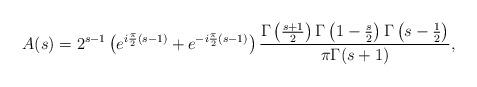
LaTeX: \begin{align*} A(s) = 2^{s-1} \left( e^{i \frac{\pi}{2}(s-1)} + e^{-i \frac{\pi}{2}(s-1)} \right) \frac{\Gamma \left(\frac{s+1}{2} \right) \Gamma \left(1 - \frac{s}{2} \right) \Gamma \left(s-\frac{1}{2} \right)}{ {\pi}\Gamma(s+1)},\end{align*}